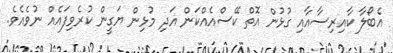
އެބޯލާ ކާއިރިސާއާއި ގުޅުން އޮތް ކޭސްއެއްކަން އަދި މުޅިން ޔަގީން ކުރެވިފައެއް ނުވެއެވެ.